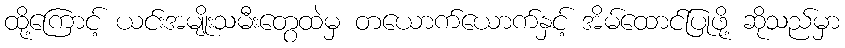
ထို့ကြောင့် ယင်းအမျိုးသမီးတွေထဲမှ တယောက်ယောက်နှင့် အိမ်ထောင်ပြုဖို့ ဆိုသည်မှာ